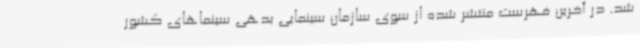
شد. در آخرین فهرست منتشر شده از سوی سازمان سینمایی بدهی سینماهای کشور